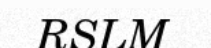
RSLM